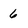
Character: 6